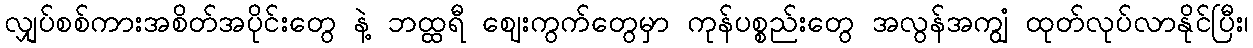
လျှပ်စစ်ကားအစိတ်အပိုင်းတွေ နဲ့ ဘထ္ထရီ ဈေးကွက်တွေမှာ ကုန်ပစ္စည်းတွေ အလွန်အကျွံ ထုတ်လုပ်လာနိုင်ပြီး၊